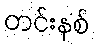
တင်းနစ်